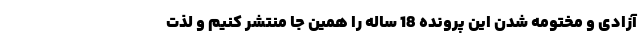
آزادی و مختومه شدن این پرونده 18 ساله را همین جا منتشر کنیم و لذت